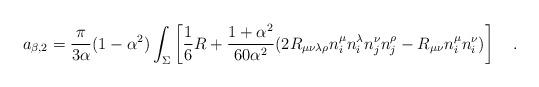
LaTeX: \begin{align*}a_{\beta,2}={\pi \over 3\alpha}(1-\alpha^2) \int_{\Sigma}\left[\frac 16 R + {1+\alpha^2 \over 60 \alpha^2}(2R_{\mu\nu\lambda\rho}n^{\mu}_in^{\lambda}_in^{\nu}_jn^{\rho}_j-R_{\mu\nu}n^{\mu}_i n^{\nu}_i) \right]~~~.\end{align*}